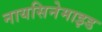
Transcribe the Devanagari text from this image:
नायसिनेमाइड